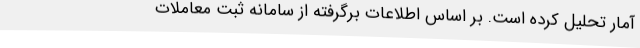
آمار تحلیل کرده است. بر اساس اطلاعات برگرفته از سامانه ثبت معاملات